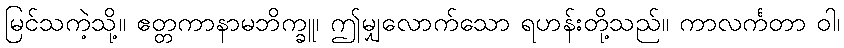
မြင်သကဲ့သို့။ ဧတ္တကာနာမဘိက္ခူ၊ ဤမျှလောက်သော ရဟန်းတို့သည်။ ကာလင်္ကတာ ဝါ၊